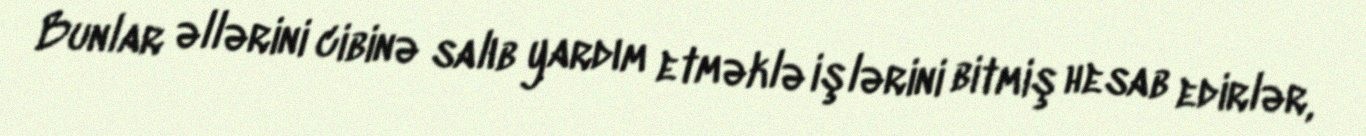
Bunlar əllərini cibinə salıb yardım etməklə işlərini bitmiş hesab edirlər,